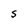
Character: S